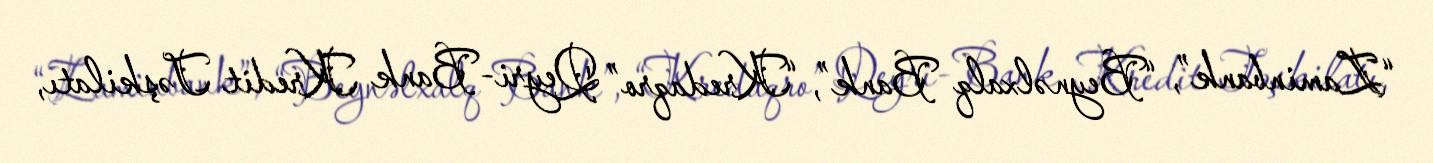
“Zaminbank”, “Beynəlxalq Bank”, “Kredaqro” Qeyri-Bank Kredit Təşkilatı,